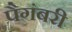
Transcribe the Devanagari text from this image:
पैगंबरी